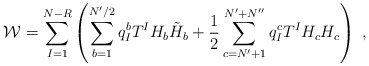
\begin{align*}{\cal W}= \sum_{I=1}^{N-R}\left( \sum_{b=1}^{N'/2} q_I^b T^I H_b \tilde H_b + \frac{1}{2}\sum_{c=N'+1}^{N'+N''}q_I^c T^I H_c H_c\right) \;,\end{align*}